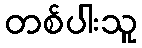
တစ်ပါးသူ